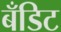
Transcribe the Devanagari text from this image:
बँडिट